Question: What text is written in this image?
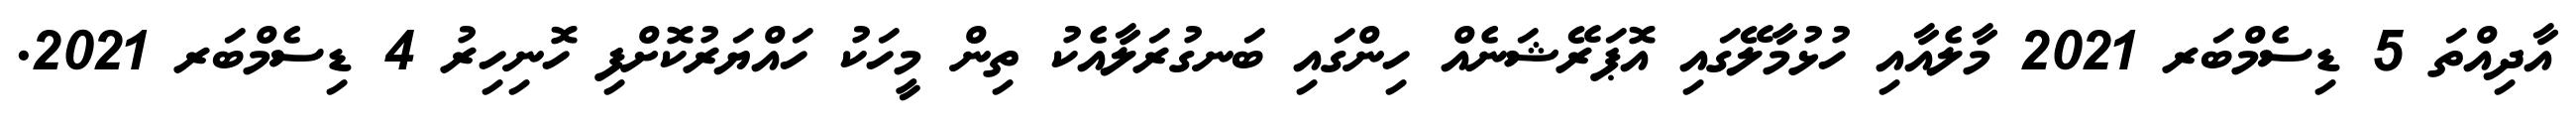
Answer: އާދިއްތަ 5 ޑިސެމްބަރ 2021 މާލެއާއި ހުޅުމާލޭގައި އޮޕަރޭޝަނެއް ހިންގައި ބަނގުރަލާއެކު ތިން މީހަކު ހައްޔަރުކޮށްފި ހޮނިހިރު 4 ޑިސެމްބަރ 2021.